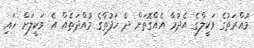
މުއްރަތުގެ ވަކީލްގެ އެދުމާ އެއްގޮތަށް ދެ ހަފުތާގެ މުއްދަތެއް އެ ވަކީލަށް ހައި